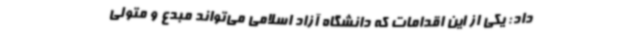
داد: یکی از این اقدامات که دانشگاه آزاد اسلامی می‌تواند مبدع و متولی